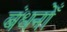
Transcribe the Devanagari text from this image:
बंधनोँ